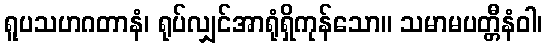
ရူပသဟဂတာနံ၊ ရုပ်လျှင်အာရုံရှိကုန်သော။ သမာမပတ္တီနံဝါ၊